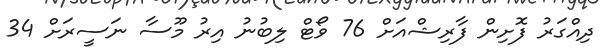
ދިއްގަރު ފޮށިން ފާރިޝްއަށް 76 ވޯޓް ލިބުނު އިރު މޫސާ ނަސީރަށް 34